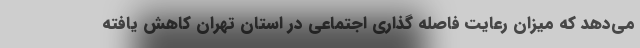
می‌دهد که میزان رعایت فاصله گذاری اجتماعی در استان تهران کاهش یافته